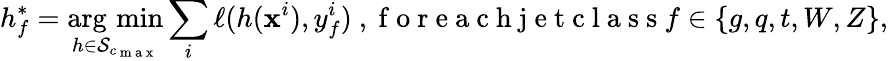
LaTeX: h_{f}^{*}=\operatorname*{arg\, min}_{h\in\mathcal{S}_{c_{\mathrm{~m~a~x~}}}}\sum_{i}\ell(h(\mathbf{x}^{i}),y_{f}^{i})\mathrm{~,~f~o~r~e~a~c~h~j~e~t~c~l~a~s~s~}f\in\{ g,q,t,W,Z\} ,